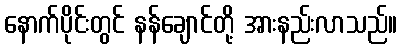
နောက်ပိုင်းတွင် နန်ချောင်တို့ အားနည်းလာသည်။